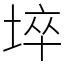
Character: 埣